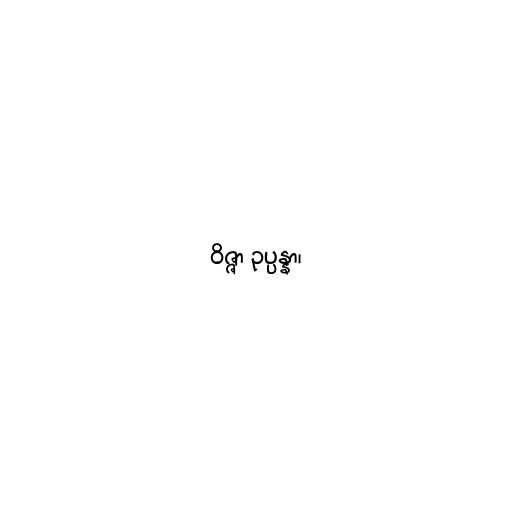
ဝိဇ္ဇာ ဥပ္ပန္နာ၊